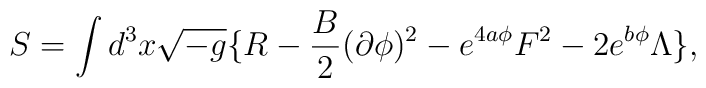
S=\int d^3x\sqrt{-g}\{R-{B\over2}(\partial\phi)^2-e^{4a\phi}F^2-2e^{b\phi}\Lambda\},